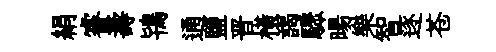
絹睿壽鴇通鹽晋横謁驟暘樂智逐苍